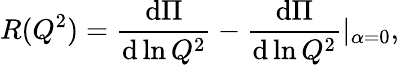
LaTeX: R(Q^{2})=\frac{\mathrm{d}\Pi}{\mathrm{d}\ln Q^{2}}-\frac{\mathrm{d}\Pi}{\mathrm{d}\ln Q^{2}}|_{\alpha=0},